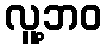
လူ့ဘဝ